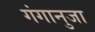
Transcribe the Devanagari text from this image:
गंगानुजा